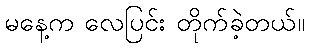
မနေ့က လေပြင်း တိုက်ခဲ့တယ်။